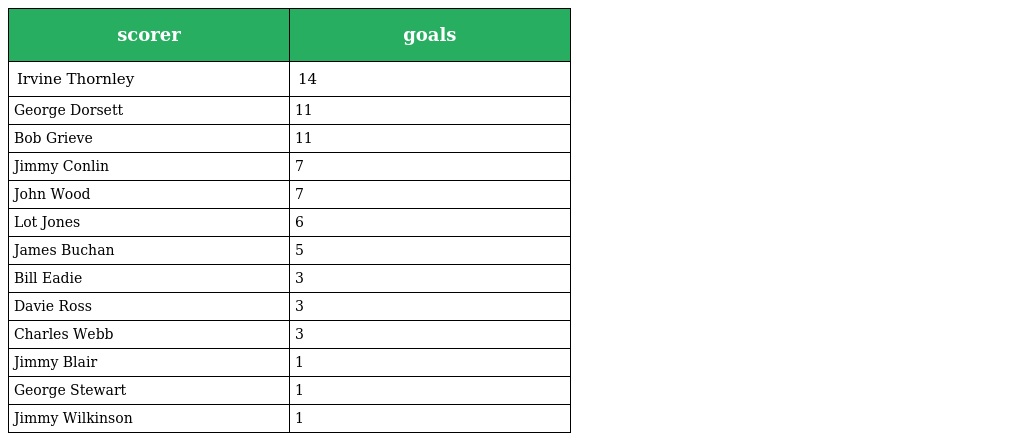
| scorer | goals |
 | --- | --- |
 | Irvine Thornley | 14 |
 | George Dorsett | 11 |
 | Bob Grieve | 11 |
 | Jimmy Conlin | 7 |
 | John Wood | 7 |
 | Lot Jones | 6 |
 | James Buchan | 5 |
 | Bill Eadie | 3 |
 | Davie Ross | 3 |
 | Charles Webb | 3 |
 | Jimmy Blair | 1 |
 | George Stewart | 1 |
 | Jimmy Wilkinson | 1 |